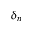
\delta _ { n }